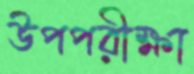
উপপরীক্ষা